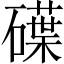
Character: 𥖢